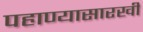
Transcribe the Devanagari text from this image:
पहाण्यासारखीं